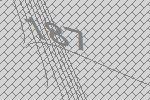
187